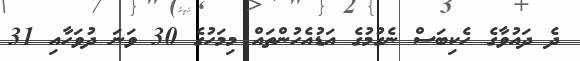
ދެ ދައުވާގެ ހެކިބަސް ނެގުމުގެ އަޑުއެހުންތައް މިމަހުގެ 30 ވަނަ ދުވަހާއި 31